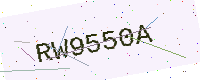
Text: RW9550A